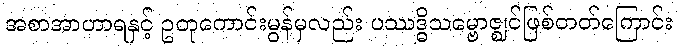
အစာအာဟာရနှင့် ဥတုကောင်းမွန်မှလည်း ပဿဒ္ဓိသမ္ဗောဇ္ဈင်ဖြစ်တတ်ကြောင်း